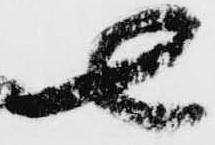
七